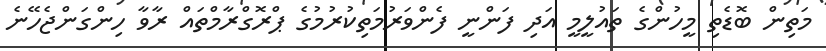
މަތިން ބޮޑެތި މީހުންގެ ތައުލީމީ އަދި ފަންނީ ފެންވަރުމަތިކުރުމުގެ ޕްރޮގްރާމްތައް ރާވާ ހިންގަންޖެހޭނެ